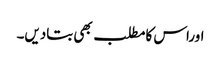
اوراس کامطلب بھی بتادیں۔